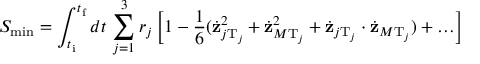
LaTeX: S _ { \operatorname * { m i n } } = \int _ { t _ { \mathrm { i } } } ^ { t _ { \mathrm { f } } } d t \, \sum _ { j = 1 } ^ { 3 } r _ { j } \left[ 1 - \frac { 1 } { 6 } ( \dot { { \bf z } } _ { j \mathrm { T } _ { j } } ^ { 2 } + \dot { { \bf z } } _ { M \mathrm { T } _ { j } } ^ { 2 } + \dot { { \bf z } } _ { j \mathrm { T } _ { j } } \cdot \dot { { \bf z } } _ { M \mathrm { T } _ { j } } ) + \ldots \right]